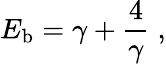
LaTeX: E_{\mathrm{b}}=\gamma+{\frac{4}{\gamma}}\; ,